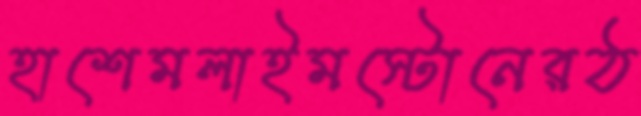
হাশেমলাইমস্টোনেরঠ